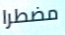
مضطرا